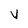
Character: y